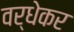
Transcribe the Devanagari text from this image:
वर्धेकर